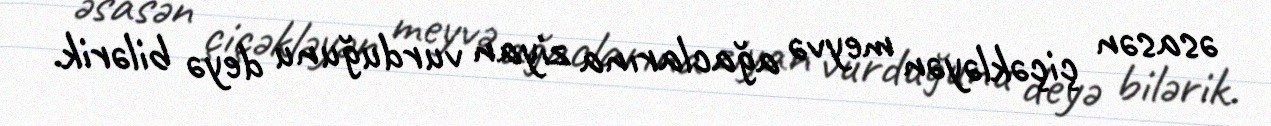
əsasən çiçəkləyən meyvə ağaclarına ziyan vurduğunu deyə bilərik.